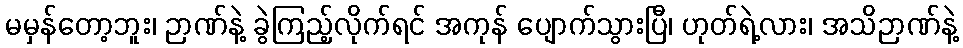
မမှန်တော့ဘူး၊ ဉာဏ်နဲ့ ခွဲကြည့်လိုက်ရင် အကုန် ပျောက်သွားပြီ၊ ဟုတ်ရဲ့လား၊ အသိဉာဏ်နဲ့